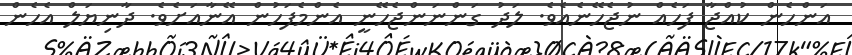
އަންހެން ކުއްޖާ ފަހެއް ނުޖެހޭނެއެވެ. ލަދު ގަންނަންޖެހޭނީ އެންމެފަހުން އޭނާއަށެވެ. ދާނިޔަލް އެހެން